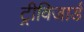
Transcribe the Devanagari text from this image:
ट्रीविजार्ड